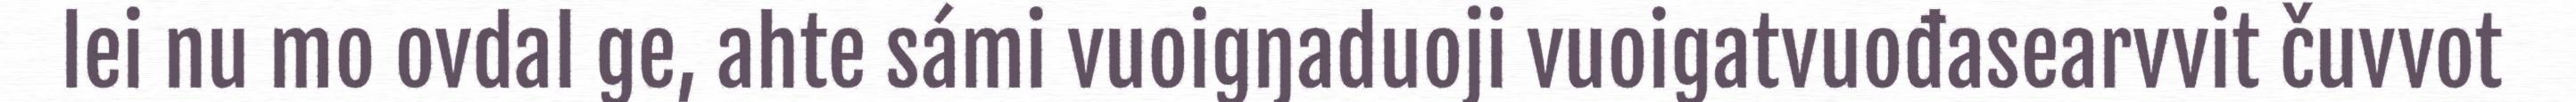
lei nu mo ovdal ge, ahte sámi vuoigŋaduoji vuoigatvuođasearvvit čuvvot